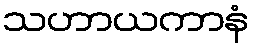
သဟာယကာနံ